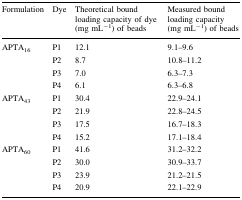
| Formulation | Dye | Theoretical bound loading capacity of dye (mg mL−1) of beads | Measured bound loading capacity (mg mL−1) of beads |
 | --- | --- | --- | --- |
 | <ROWSPAN=4> APTA16 | P1 | 12.1 | 9.1–9.6 |
 | P2 | 8.7 | 10.8–11.2 |
 | P3 | 7.0 | 6.3–7.3 |
 | P4 | 6.1 | 6.3–6.8 |
 | <ROWSPAN=4> APTA43 | P1 | 30.4 | 22.9–24.1 |
 | P2 | 21.9 | 22.8–24.5 |
 | P3 | 17.5 | 16.7–18.3 |
 | P4 | 15.2 | 17.1–18.4 |
 | <ROWSPAN=4> APTA60 | P1 | 41.6 | 31.2–32.2 |
 | P2 | 30.0 | 30.9–33.7 |
 | P3 | 23.9 | 21.2–21.5 |
 | P4 | 20.9 | 22.1–22.9 |